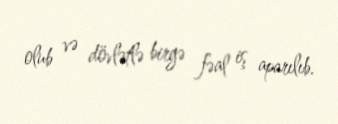
olub və dövlətlə birgə fəal iş aparılıb.